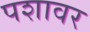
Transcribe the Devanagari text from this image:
पशावर